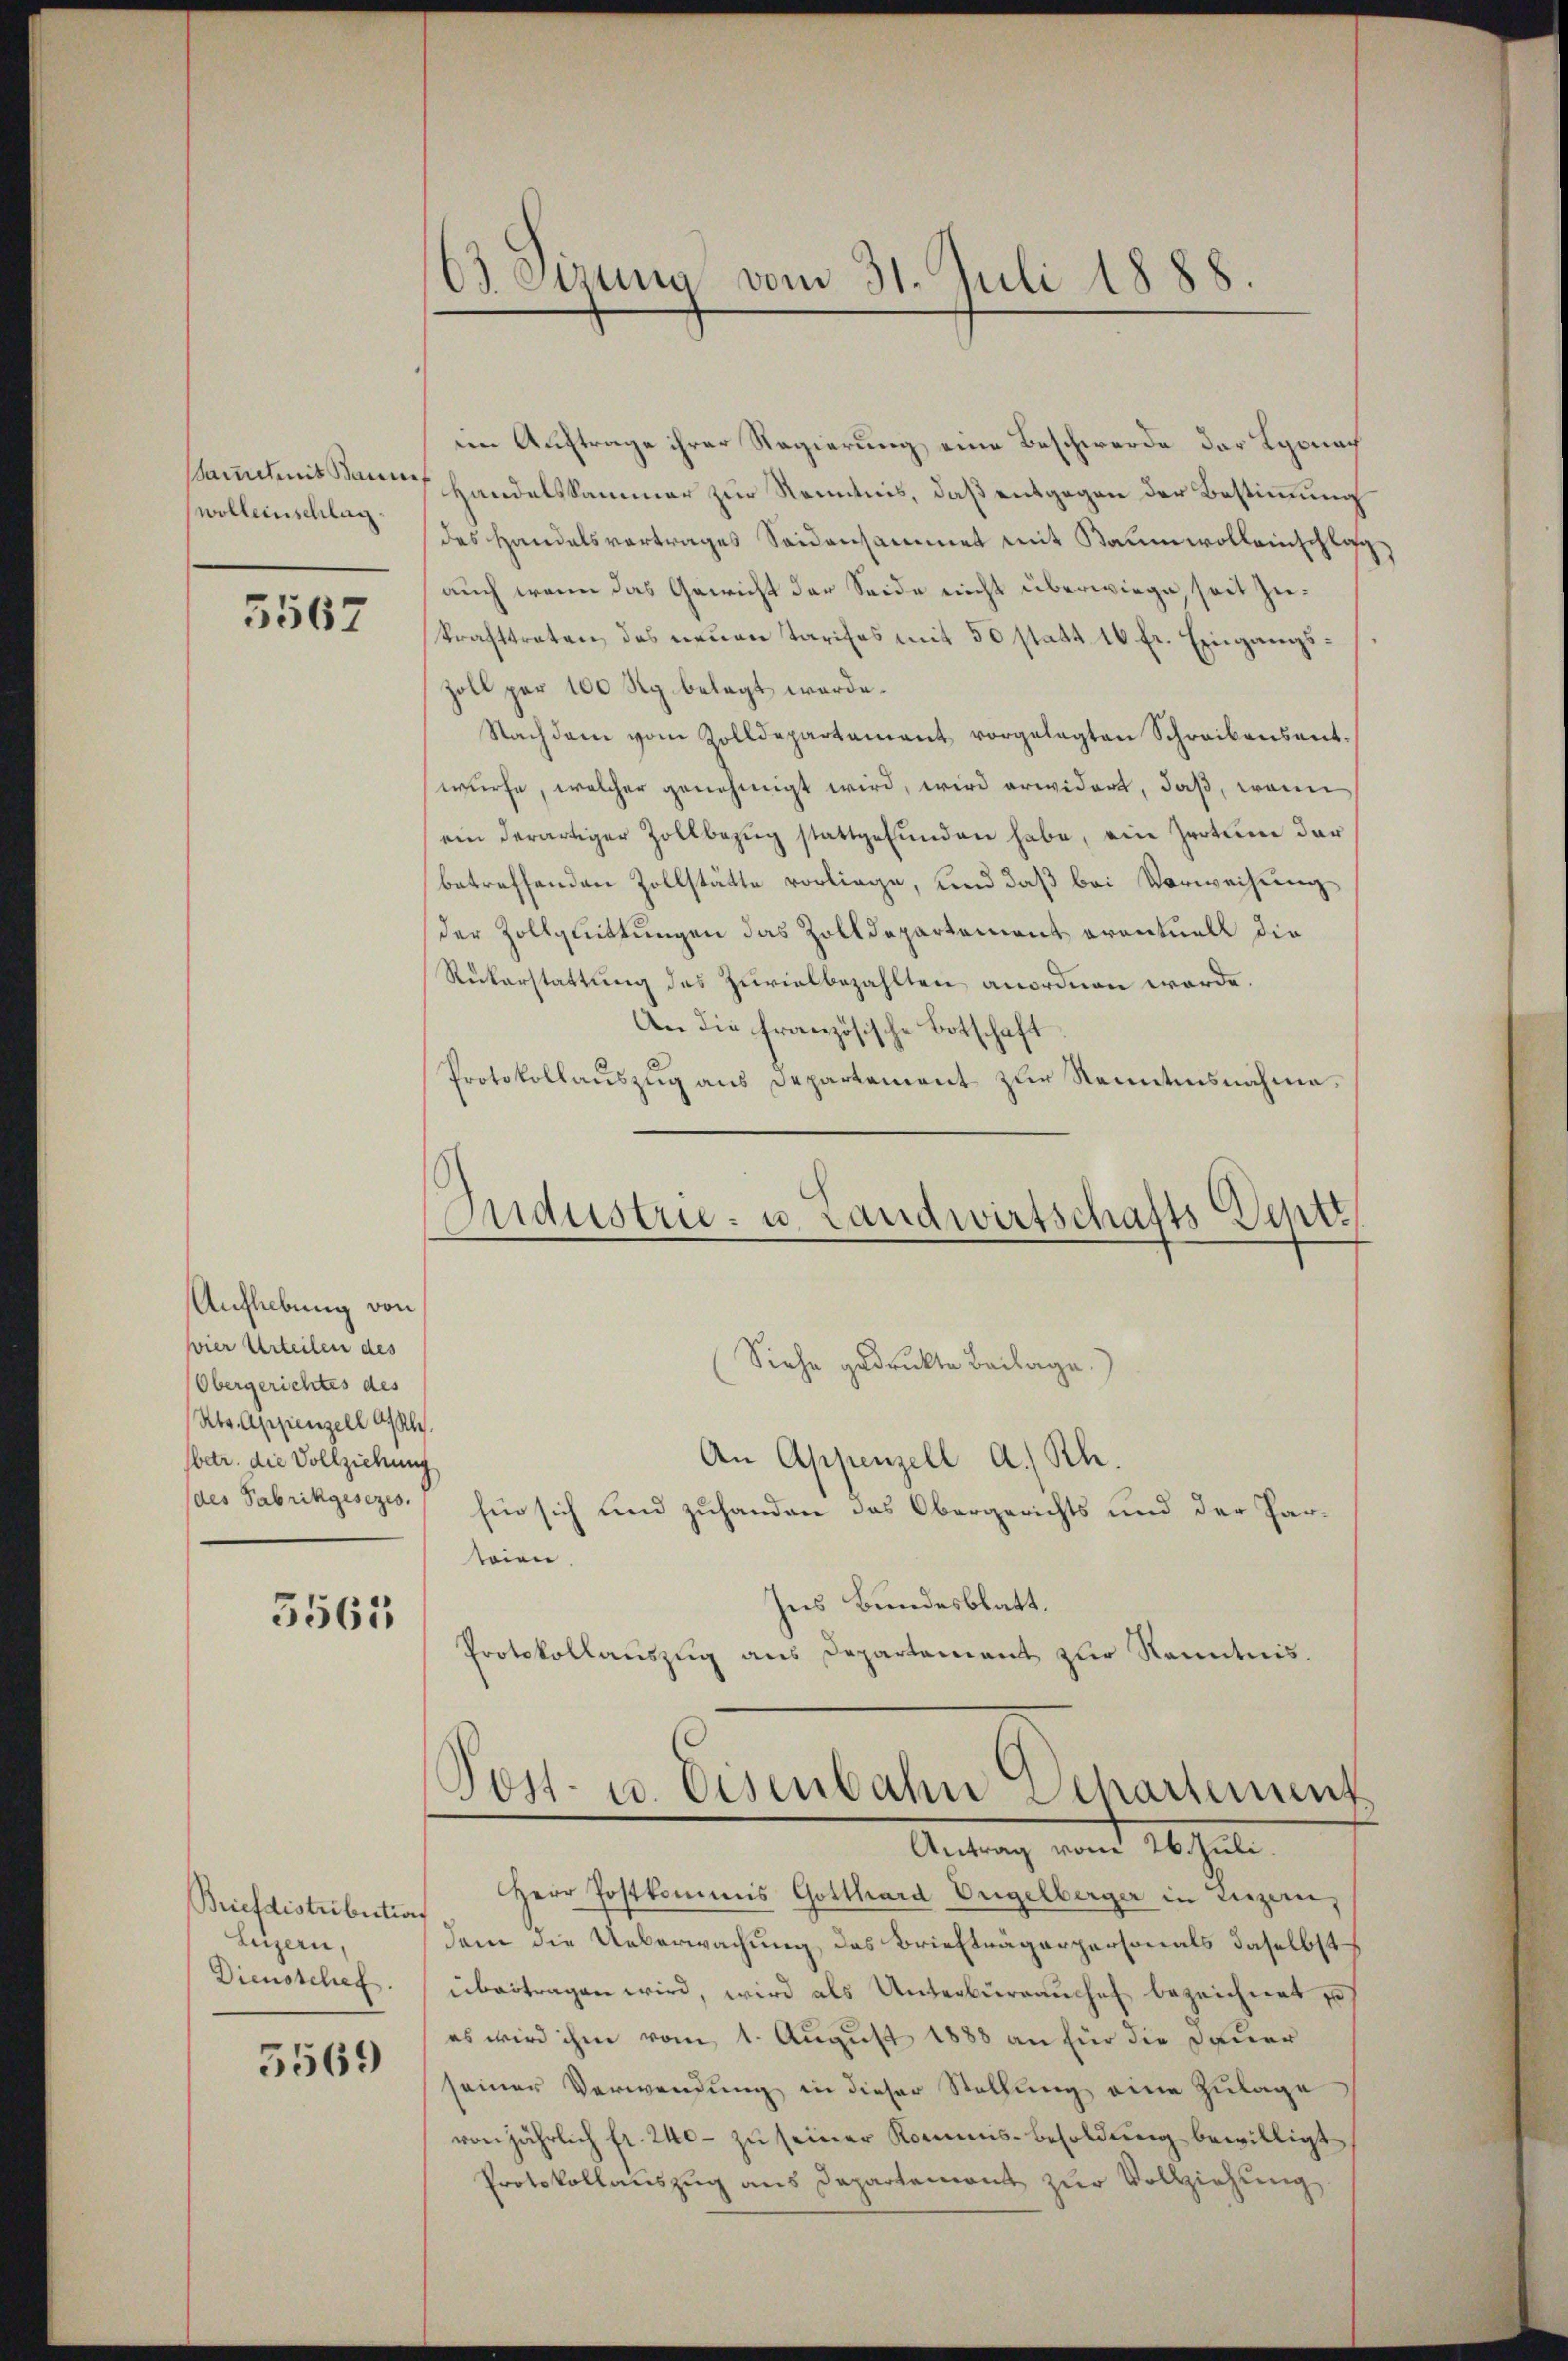
wollenschlag.

5567

Auflebung von
vier Urteilen des
Obergerichtes des
Rts. Appenzell Asah.
sbetr. die Vollziehung
(des Fabrikgesezes.

3563

Briefdistribution
Luzern,
Dienstchef.

5569

63. Sirung vom 31. Juli 1888.

im Auftrage ihrer Regierung eine Beschwerde der Lyoner
sammt mit dann Handelskammer zur Kenntnis, daß entgegen der Bestimmung
des Handelsvertrages Seidensammet mit Baumwolleinschlag,
auch wenn das Gewicht der Seide nicht überwiege, seit zukrafttreten, das neuen Tarifes mit 50 statt 16 Fr. Eingangs¬
Zoll per 100 Rp. belegt werde.
Nachdem vom Zolldepartament vorgelegten Schreibensent-
würfe, welcher genehmigt wird, wird erwidert, daß, wenn
ein derartiger Zollbezŭg stattgefŭnden habe, ein Irrtum der
betreffenden Zollstätte vorliege, und daß bei Verweisung
der Zollquittungen das Zolldepartement eventuell die
Rükerstattung des Zuvielbezahlten anordnen werde.
An die französische Botschaft
Protokollauszug aus Departement zur Kenntnisnahme.

Industrie- u. Landwirtschafts Dentt

(Siehe gedruckte Beilage.)
An Appenzell a. Rh.
hin sich und zuhanden das Obergerichts und der Parteien.
hes Bundesblatt.
Protokollauszug aus Departement zur Kenntnis.
Post- u. Eisenbahn Departement
Antrag vom 26. Juli.
Herr Postkommis Gotthard Engelberger in Luzern,
dem die Ueberwachung des Briefträgerpersonals daselbst
übertragen wird, wird als Unterbürrauches bezeichnet u
es wird ihm vom 1. August 1888 an für die Dauer
seiner Verwendung in dieser Stellung eine Zulage
von jährlich fr. 240. zŭ seiner Kommis-Besoldŭng bewilligt
Protokollauszug aus Departemont zur Vollziehung